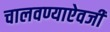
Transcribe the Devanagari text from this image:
चालवण्याऐवजी